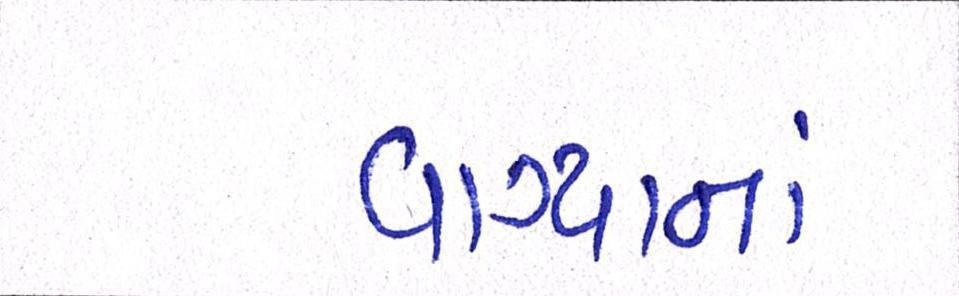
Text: વાગ્યાનાં